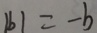
\vert b \vert = - b